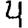
Digit: 4